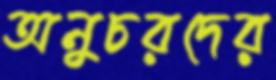
অনুচরদের